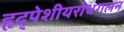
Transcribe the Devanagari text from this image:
हृद्‌पेशीयरोधगलन